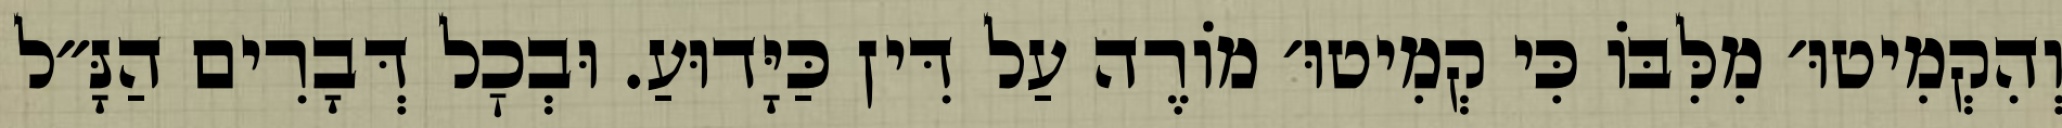
וְהִקְמִיטוּ׳ מִלִּבּוֹ כִּי קְמִיטוּ׳ מוֹרֶה עַל דִּין כַּיָּדוּעַ. וּבְכׇל דְּבָרִים הַנָּ״ל